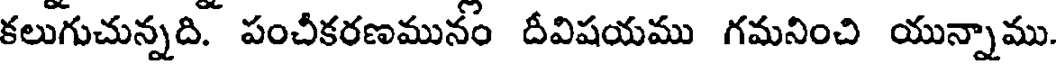
కలుగుచున్నది. పంచీకరణమునం దీవిషయము గమనించి యున్నాము.